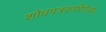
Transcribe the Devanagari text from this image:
शोधपत्रकारितेच्या